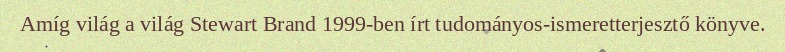
Amíg világ a világ Stewart Brand 1999-ben írt tudományos-ismeretterjesztő könyve.